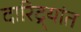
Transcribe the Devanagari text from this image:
दारिद्र्यांत